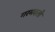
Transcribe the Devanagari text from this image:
गरमदली